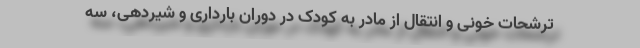
ترشحات خونی و انتقال از مادر به کودک در دوران بارداری و شیردهی، سه